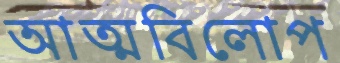
আত্মবিলোপ